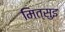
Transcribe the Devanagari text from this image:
मित्सुइ